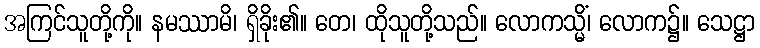
အကြင်သူတို့ကို။ နမဿာမိ၊ ရှိခိုး၏။ တေ၊ ထိုသူတို့သည်။ လောကသ္မိံ၊ လောက၌။ သေဋ္ဌာ